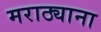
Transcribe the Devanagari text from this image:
मराठ्याना